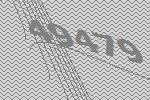
49479